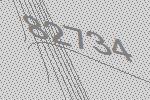
82734